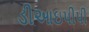
ડીઆઇપીપી